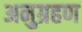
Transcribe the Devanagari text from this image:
अनुग्रहण